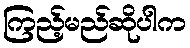
ကြည့်မည်ဆိုပါက